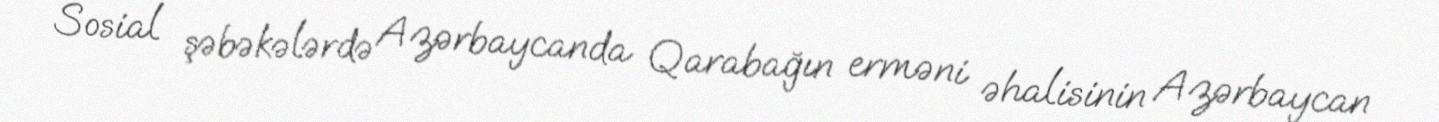
Sosial şəbəkələrdə Azərbaycanda Qarabağın erməni əhalisinin Azərbaycan